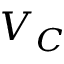
V _ { C }